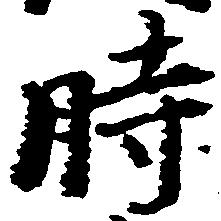
時